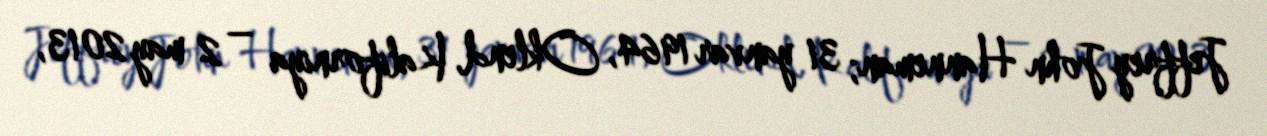
Jeffrey John Hanneman; 31 yanvar 1964, Oklend, Kaliforniya – 2 may 2013,